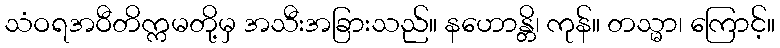
သံဝရအဝီတိက္ကမတို့မှ အသီးအခြားသည်။ နဟောန္တိ၊ ကုန်။ တသ္မာ၊ ကြောင့်။